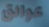
عوائق